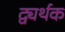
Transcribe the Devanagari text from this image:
द्व्यर्थक